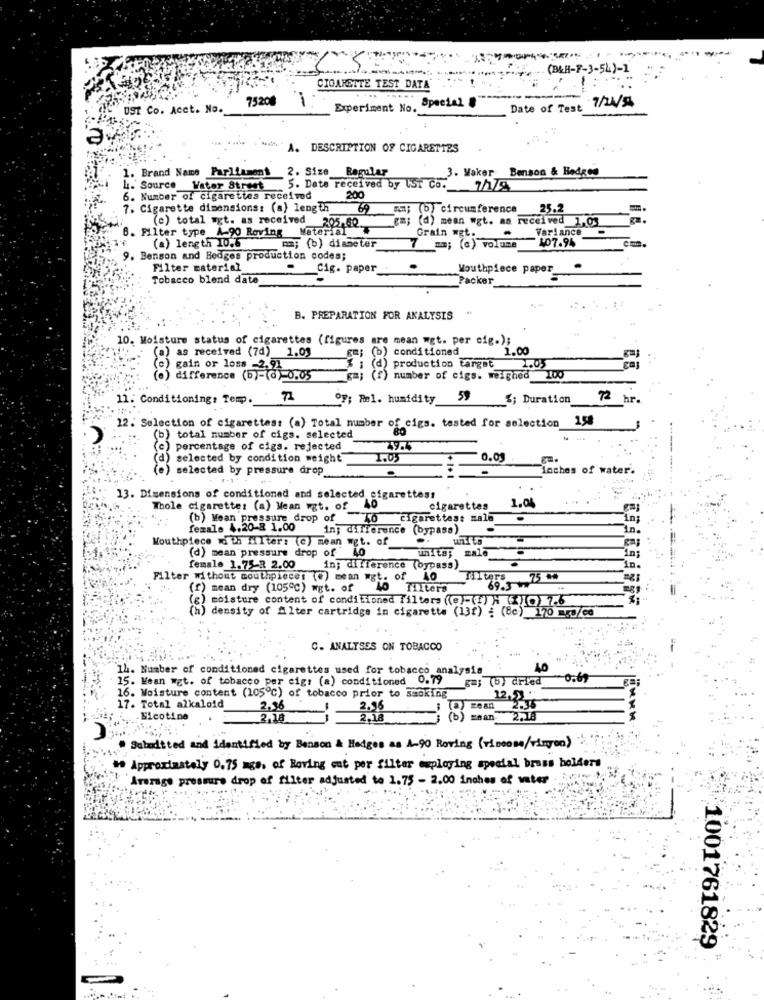
(B&H-F-3-54)-1
. . ....
CIGARETTE TEST DATA
75200
UST Co. Acet. No.
Experiment No. Special #
Date of Test
*** A. DESCRIPTION OF CIGARETTES
1. Brand Name Parliament 2. Size Regular
3. Vaker Benson & Hedges
4. Source Water Street 5. Date received by IST Co.
6. Number of cigarettes received
200
7. Cigarette dimensions: (a) length
69
on; (b) circumference
25.2
em; (d) mean wgt. as received 1,03
6. Filter type A-90 Roving Material
(c) total wrt. as received 205,60
Grain wgt.
Variance
(a) length 10.6
. ma; (b) diameter
7 ; (c) volume
107.94
cm.
9. Benson and Bedges production codes;
Filter material
.
Cig. paper
Mouthpiece paper
Tobacco blend date
Packer
. ..
B. PREPARATION FOR ANALYSIS
10. Moisture status of cigarettes (figures are mean wet. per cig.);
gm; (b) conditioned
1.00
(a) as received (74) 1.01
1.05
) gain or loss -2.91
% ; (d) production target
(o) difference (5)-(0) -0.05 ; (f) number of cigs. weighed
11. Conditioning: Temp.
OF; Rm1. humidity
59
%; Duration
72
hr.
158
12. Selection of cigarettes: (a) Total number of cigs. tested for selection
(b) total number of cigs. selected
percentage of cigs. rejected
a) selected by condition weight
1.05
0.01
) selected by pressure drop
inches of water.
13. Dimensions of conditioned and selected cigarettess
Thole cigarette: (a) Mean mgt. of
40
cigarettes
1.04
(b) Mean pressure drop of T
cigarettes: male
In
female 4.20-8 1.00
in; difference (bypass)
in.
Mouthpiece with filter: (c) mean wet. of
(d) mean pressure drop of 40
units; malo
in
female 1.75-R 2.00
in; difference (bypass)_
in.
Filter without mouthpieces (@) mean wgt. of 40
Tiltrs
69. 75 mm
(f) mean dry (105℃) wgt. of
Tilters
moisture content of conditioned filters ((@)-(1) " 10 26
density of Alter cartridge in cigarette (13f) : (8c) 170 mrs/co
C. ANALYSES ON TOBACCO
14. Number of conditioned cigarettes used for tobacco analysis
15. Mean wgt. of tobacco per cigs (a) conditioned 0.79
_ga; (b) dried
0.69
16. Moisture content (105℃) of tobacco prior to smoking
17. Total alkaloid
2,56
2.95
2.36
Nicotine
2,18
2.18
00
2.18
Sebudtted and identified by Benson & Hedges as A-90 Roving (riocom/ringen)
>> Approximately 0.75 mgs, of Roving cut per filter employing special brass holders
Average pressure drop of filter adjusted to 1.75 - 2.00 inches of water
1001761829